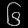
Digit: ၆